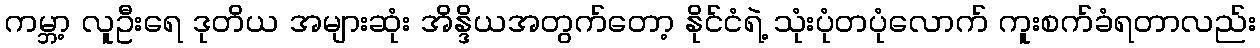
ကမ္ဘာ့ လူဦးရေ ဒုတိယ အများဆုံး အိန္ဒိယအတွက်တော့ နိုင်ငံရဲ့ သုံးပုံတပုံလောက် ကူးစက်ခံရတာလည်း